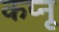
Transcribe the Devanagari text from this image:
कप्नू